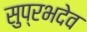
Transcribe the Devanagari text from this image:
सुप्रभदेव